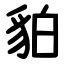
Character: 貃